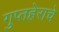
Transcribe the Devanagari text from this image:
गुप्तहेराचे